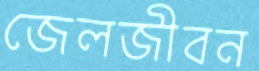
জেলজীবন